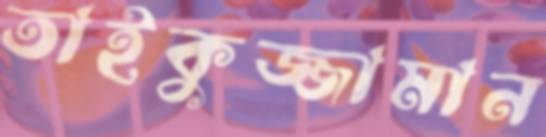
তাইকুজ্জামান